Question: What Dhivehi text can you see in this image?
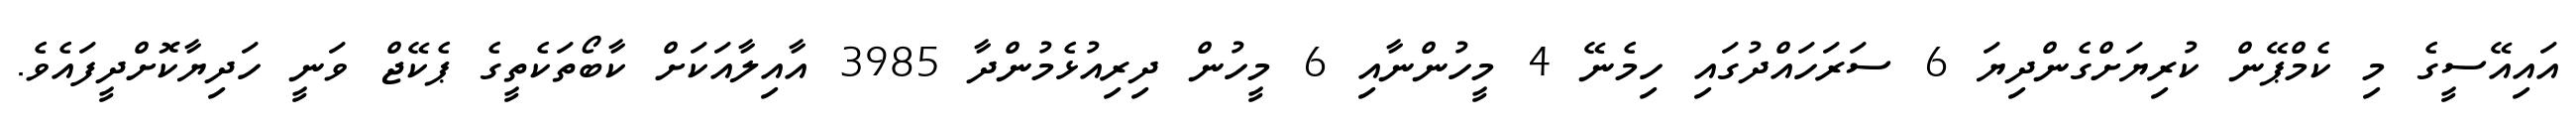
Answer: އައިއޭސީގެ މި ކެމްޕޭން ކުރިޔަށްގެންދިޔަ 6 ސަރަހައްދުގައި ހިމެނޭ 4 މީހުންނާއި 6 މީހުން ދިރިއުޅެމުންދާ 3985 އާއިލާއަކަށް ކާބޯތަކެތީގެ ޕެކޭޖް ވަނީ ހަދިޔާކޮށްދީފައެވެ.